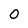
Character: 0